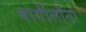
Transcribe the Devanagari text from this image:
बार्सीलॉना